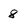
Character: 8